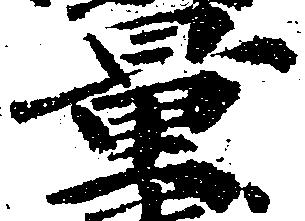
量